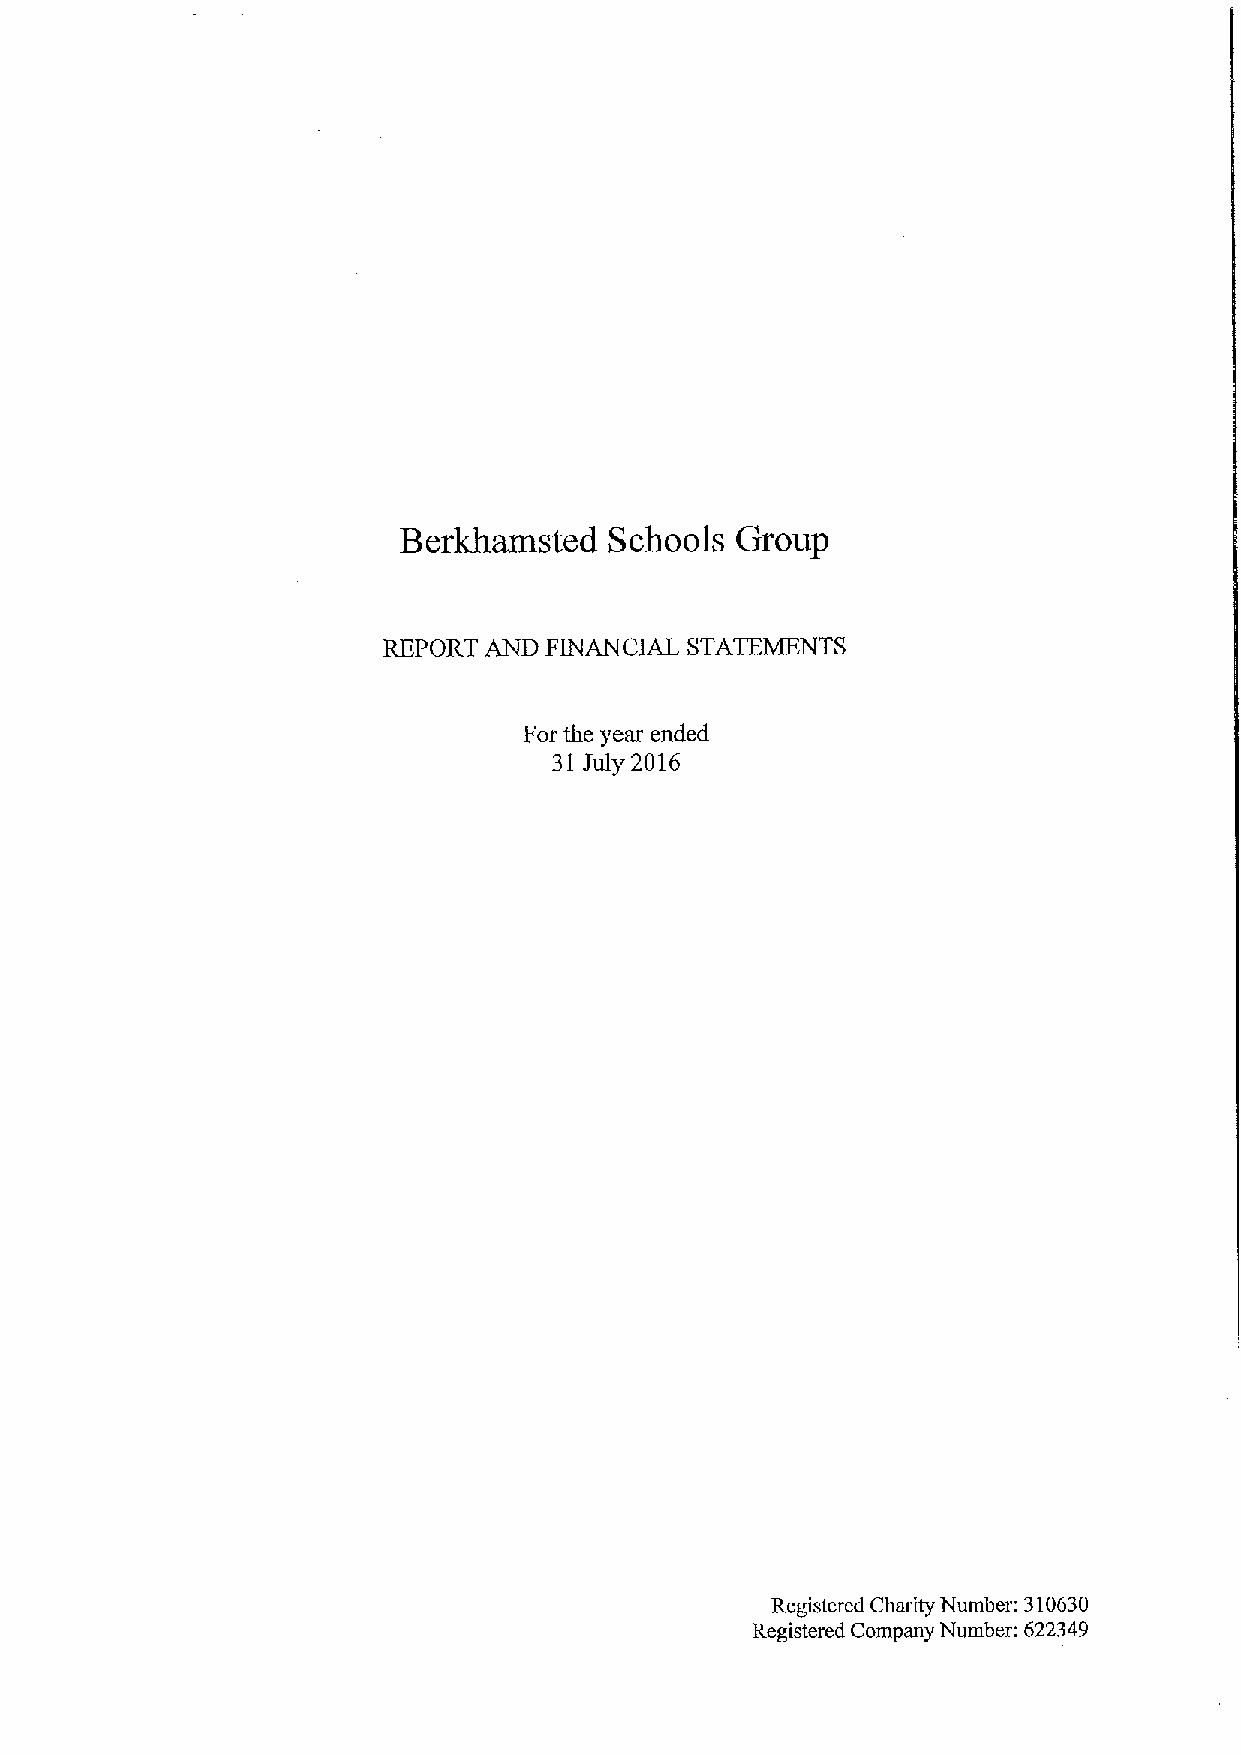
Berkhamsted   Schools  Group
 REPORT AND FINANCIAL STATEMENTS
 For the year ended
 31 July 2016
 Registered Charity Number: 310630
 Registered Company Number: 622349